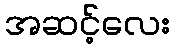
အဆင့်လေး